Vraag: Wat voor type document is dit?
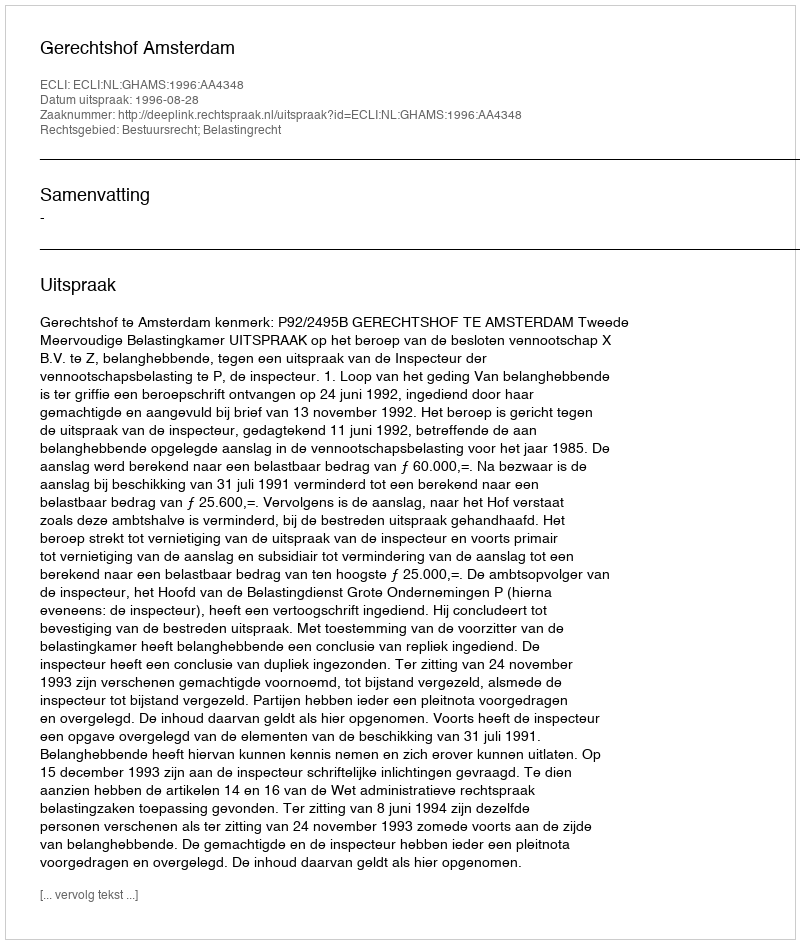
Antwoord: Uitspraak